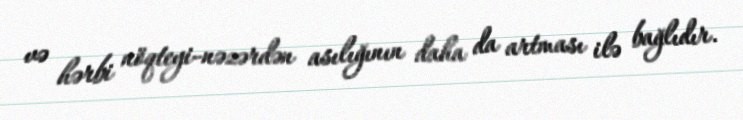
və hərbi nöqteyi-nəzərdən asılığının daha da artması ilə bağlıdır.